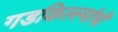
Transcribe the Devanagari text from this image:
गडकिल्ल्यांची